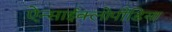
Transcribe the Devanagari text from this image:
ऐन्साईक्लोपीडिया